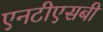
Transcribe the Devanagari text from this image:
एनटीएसबी